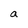
Character: a